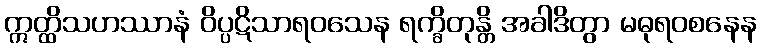
ဣတ္ထိသဟဿာနံ ဝိပ္ပဋိသာရဝသေန ရက္ခိတုန္တိ အခါဒိတွာ မဓုရဝစနေန